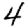
Digit: 4